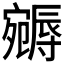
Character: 𡫦